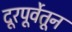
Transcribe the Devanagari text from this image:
दूरपूर्वेतून